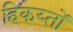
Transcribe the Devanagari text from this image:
हिकय्तों